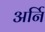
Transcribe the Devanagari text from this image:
अर्नि